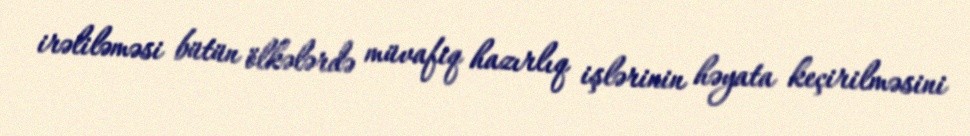
irəliləməsi bütün ölkələrdə müvafiq hazırlıq işlərinin həyata keçirilməsini